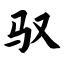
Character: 驭